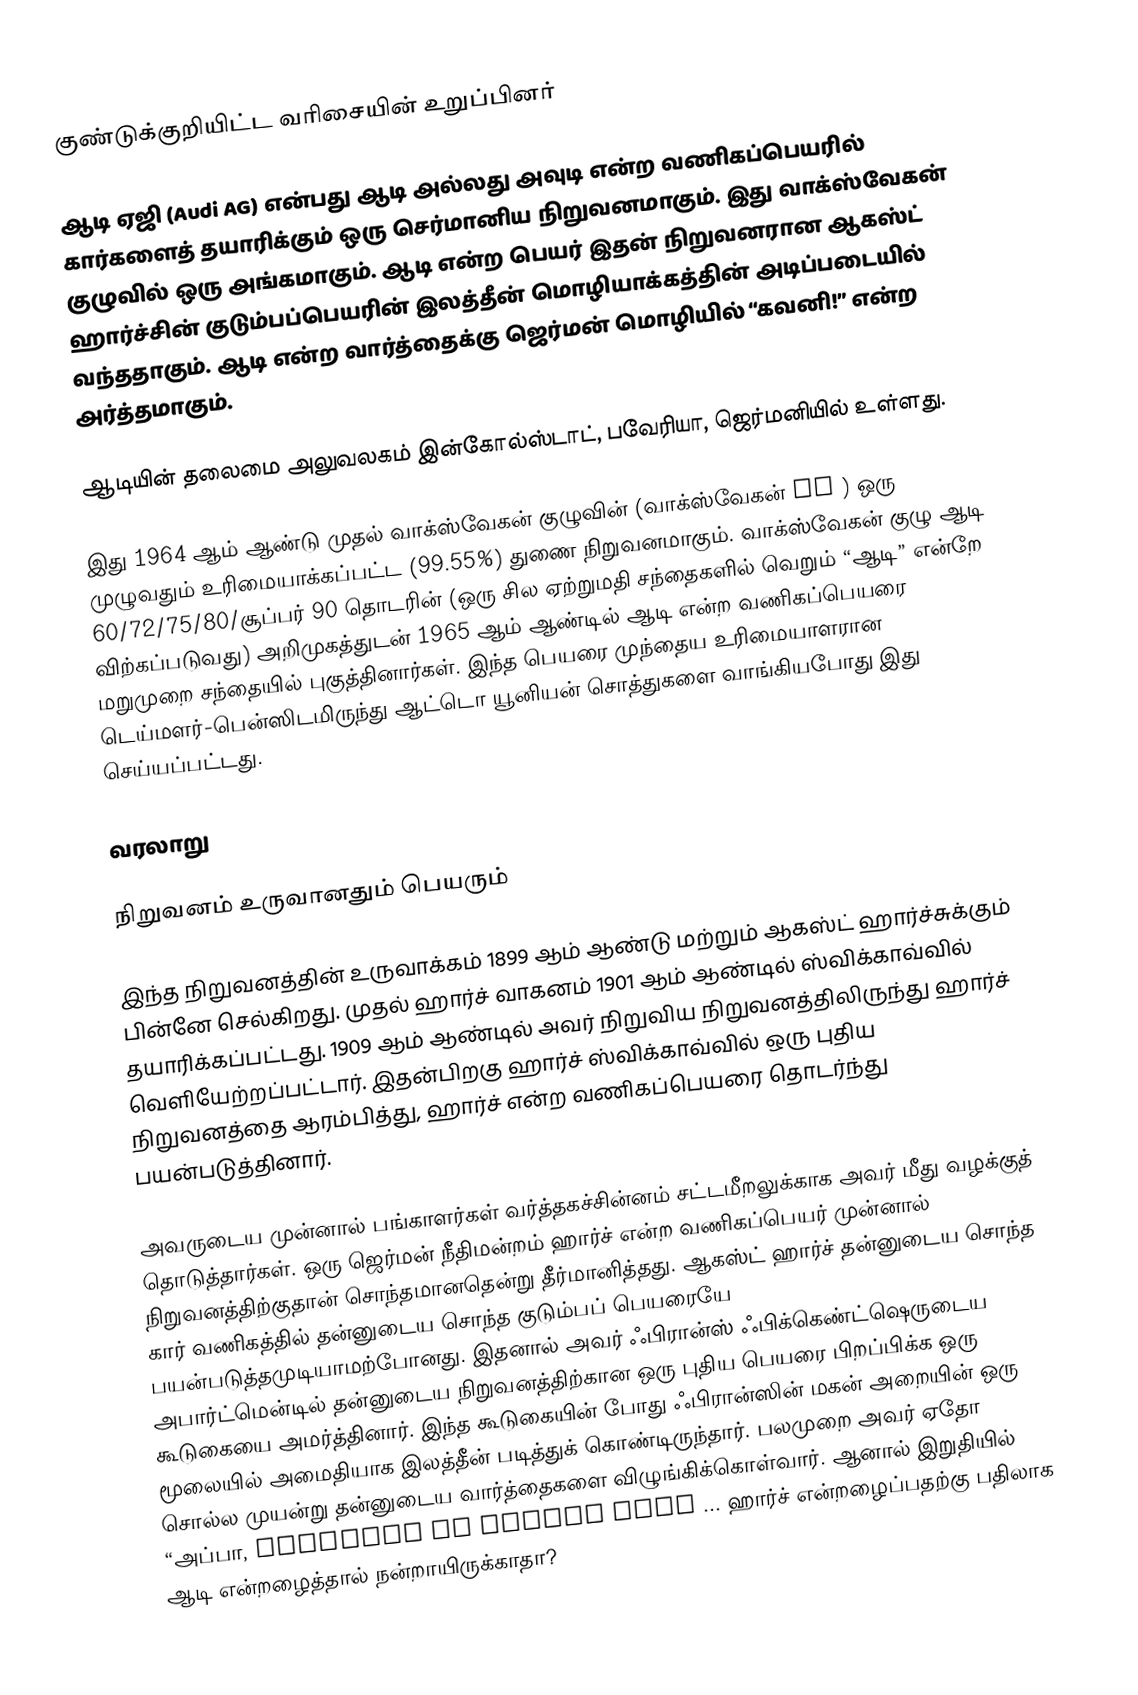
குண்டுக்குறியிட்ட வரிசையின் உறுப்பினர்

ஆடி ஏஜி (Audi AG) என்பது ஆடி அல்லது அவுடி என்ற வணிகப்பெயரில் கார்களைத் தயாரிக்கும் ஒரு செர்மானிய நிறுவனமாகும். இது வாக்ஸ்வேகன் குழுவில் ஒரு அங்கமாகும். ஆடி என்ற பெயர் இதன் நிறுவனரான ஆகஸ்ட் ஹார்ச்சின் குடும்பப்பெயரின் இலத்தீன் மொழியாக்கத்தின் அடிப்படையில் வந்ததாகும். ஆடி என்ற வார்த்தைக்கு ஜெர்மன் மொழியில் “கவனி!” என்ற அர்த்தமாகும்.

ஆடியின் தலைமை அலுவலகம் இன்கோல்ஸ்டாட், பவேரியா, ஜெர்மனியில் உள்ளது.

இது 1964 ஆம் ஆண்டு முதல் வாக்ஸ்வேகன் குழுவின் (வாக்ஸ்வேகன் AG ) ஒரு முழுவதும் உரிமையாக்கப்பட்ட (99.55%) துணை நிறுவனமாகும். வாக்ஸ்வேகன் குழு ஆடி 60/72/75/80/சூப்பர் 90 தொடரின் (ஒரு சில ஏற்றுமதி சந்தைகளில் வெறும் “ஆடி” என்றே விற்கப்படுவது) அறிமுகத்துடன் 1965 ஆம் ஆண்டில் ஆடி என்ற வணிகப்பெயரை மறுமுறை சந்தையில் புகுத்தினார்கள். இந்த பெயரை முந்தைய உரிமையாளரான டெய்மளர்-பென்ஸிடமிருந்து ஆட்டொ யூனியன் சொத்துகளை வாங்கியபோது இது செய்யப்பட்டது.

வரலாறு

நிறுவனம் உருவானதும் பெயரும்

இந்த நிறுவனத்தின் உருவாக்கம் 1899 ஆம் ஆண்டு மற்றும் ஆகஸ்ட் ஹார்ச்சுக்கும் பின்னே செல்கிறது. முதல் ஹார்ச் வாகனம் 1901 ஆம் ஆண்டில் ஸ்விக்காவ்வில் தயாரிக்கப்பட்டது. 1909 ஆம் ஆண்டில் அவர் நிறுவிய நிறுவனத்திலிருந்து ஹார்ச் வெளியேற்றப்பட்டார். இதன்பிறகு ஹார்ச் ஸ்விக்காவ்வில் ஒரு புதிய நிறுவனத்தை ஆரம்பித்து, ஹார்ச் என்ற வணிகப்பெயரை தொடர்ந்து பயன்படுத்தினார்.

அவருடைய முன்னால் பங்காளர்கள் வர்த்தகச்சின்னம் சட்டமீறலுக்காக அவர் மீது வழக்குத் தொடுத்தார்கள். ஒரு ஜெர்மன் நீதிமன்றம் ஹார்ச் என்ற வணிகப்பெயர் முன்னால் நிறுவனத்திற்குதான் சொந்தமானதென்று தீர்மானித்தது. ஆகஸ்ட் ஹார்ச் தன்னுடைய சொந்த கார் வணிகத்தில் தன்னுடைய சொந்த குடும்பப் பெயரையே பயன்படுத்தமுடியாமற்போனது. இதனால் அவர் ஃபிரான்ஸ் ஃபிக்கெண்ட்ஷெருடைய அபார்ட்மென்டில் தன்னுடைய நிறுவனத்திற்கான ஒரு புதிய பெயரை பிறப்பிக்க ஒரு கூடுகையை அமர்த்தினார். இந்த கூடுகையின் போது ஃபிரான்ஸின் மகன் அறையின் ஒரு மூலையில் அமைதியாக இலத்தீன் படித்துக் கொண்டிருந்தார். பலமுறை அவர் ஏதோ சொல்ல முயன்று தன்னுடைய வார்த்தைகளை விழுங்கிக்கொள்வார். ஆனால் இறுதியில் “அப்பா, audiatur et altera pars ... ஹார்ச் என்றழைப்பதற்கு பதிலாக ஆடி என்றழைத்தால் நன்றாயிருக்காதா?